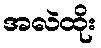
အလဲထိုး